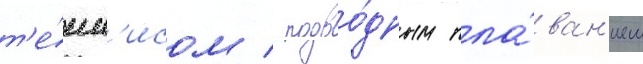
т'е́нн'исом / подво́дным пла́ван'ием